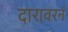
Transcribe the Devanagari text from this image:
दारावरनं